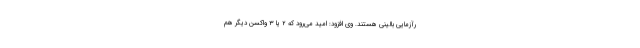
رآزمایی بالینی هستند. وی افزود: امید می‌رود که ۲ یا ۳ واکسن دیگر هم